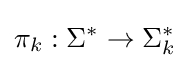
\pi _{k}:\Sigma ^{*}\to \Sigma _{k}^{*}